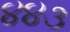
૪૪૩